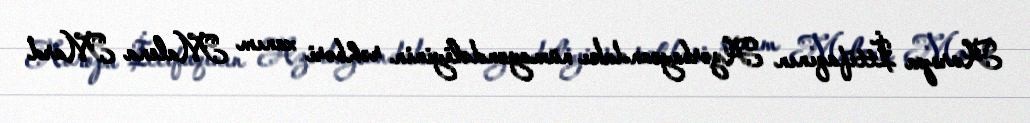
Avropa İttifaqının Azərbaycandakı nümayəndəliyinin rəhbəri xanım Malena Mard